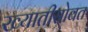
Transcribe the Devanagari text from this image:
ख्यातीसोबत